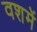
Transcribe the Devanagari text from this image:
वशमें